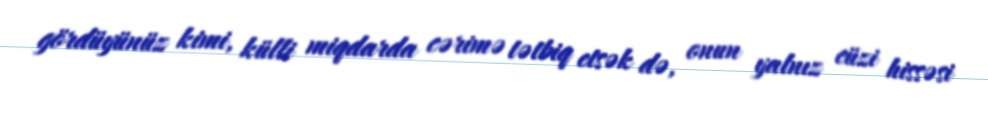
gördüyünüz kimi, külli miqdarda cərimə tətbiq etsək də, onun yalnız cüzi hissəsi